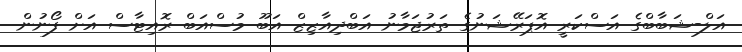
އަލް-ޝަބާބްގެ އަސްކަރީ އޮޕަރޭޝަނުގެ ތަރުޖަމާނު އަބްދިއާޒިޒް އަބޫ މުސްއަބް ރޮއިޓާސް އަށް ފޯނުން